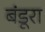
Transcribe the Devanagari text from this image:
बंडूरा